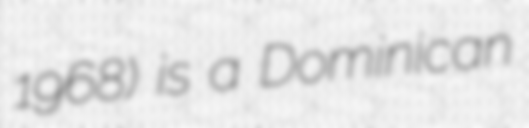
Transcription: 1968) is a Dominican